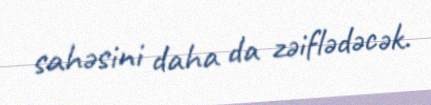
sahəsini daha da zəiflədəcək.